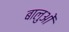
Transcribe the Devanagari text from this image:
बालुओं